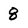
Character: 8